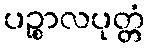
ပဉ္စာလပုတ္တံ